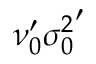
\nu _ { 0 } ^ { \prime } { \sigma _ { 0 } ^ { 2 } } ^ { \prime }